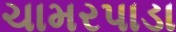
ચામરપાડા